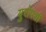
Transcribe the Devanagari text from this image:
युरोपशी